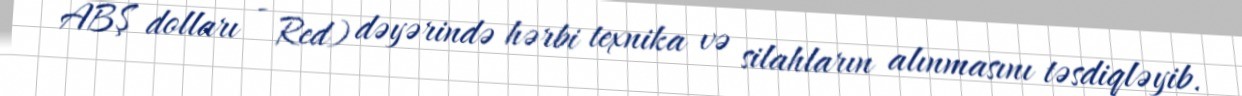
ABŞ dolları - Red) dəyərində hərbi texnika və silahların alınmasını təsdiqləyib.